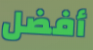
أفضل